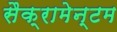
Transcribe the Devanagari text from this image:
सैक्रामेन्टम